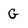
Character: G